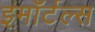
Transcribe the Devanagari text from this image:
इमॉर्टल्स